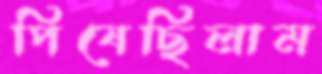
পিষেছিলাম